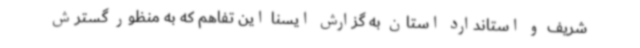
شریف و استاندارد استان به گزارش ایسنا این تفاهم که به منظور گسترش